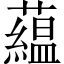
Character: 藴